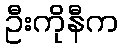
ဦးကိုနီက